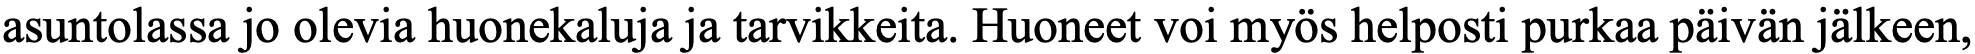
asuntolassa jo olevia huonekaluja ja tarvikkeita. Huoneet voi myös helposti purkaa päivän jälkeen,